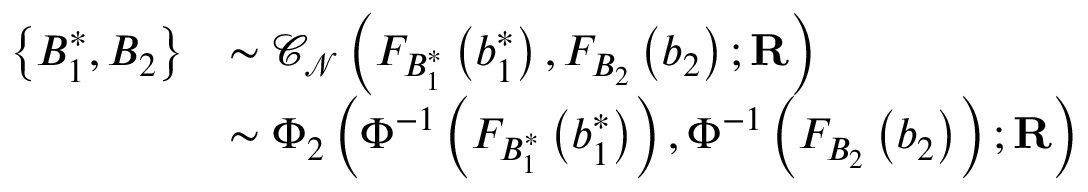
\begin{array} { r l } { \left\{ B _ { 1 } ^ { \ast } , B _ { 2 } \right\} } & { \sim \mathcal { C } _ { \mathcal { N } } \left( F _ { B _ { 1 } ^ { \ast } } \left( b _ { 1 } ^ { \ast } \right) , F _ { B _ { 2 } } \left( b _ { 2 } \right) ; \mathbf { R } \right) } \\ & { \sim \Phi _ { 2 } \left( \Phi ^ { - 1 } \left( F _ { B _ { 1 } ^ { \ast } } \left( b _ { 1 } ^ { \ast } \right) \right) , \Phi ^ { - 1 } \left( F _ { B _ { 2 } } \left( b _ { 2 } \right) \right) ; \mathbf { R } \right) } \end{array}